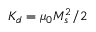
K _ { d } = \mu _ { 0 } M _ { s } ^ { 2 } / 2